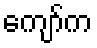
ကျော်က